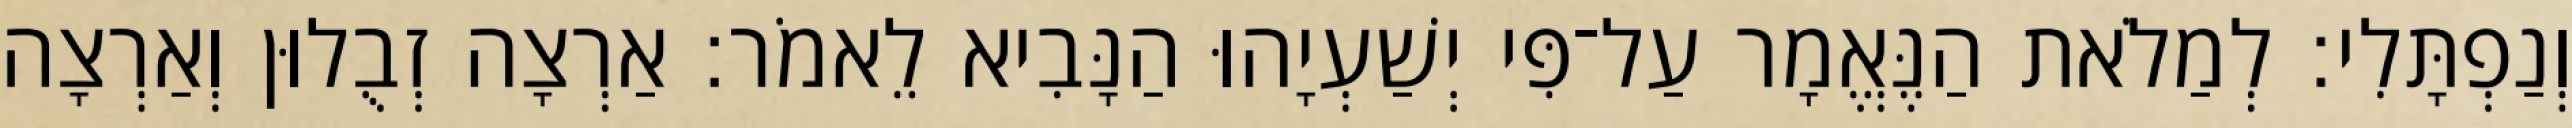
וְנַפְתָּלִי׃ לְמַלֹאת הַנֶּאֱמָר עַל־פִּי יְשַׁעְיָהוּ הַנָּבִיא לֵאמֹר׃ אַרְצָה זְבֻלוּן וְאַרְצָה